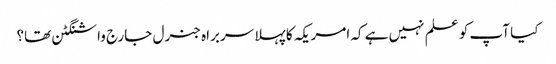
کیا آپ کو علم نہیں ہے کہ امریکہ کا پہلا سربراہ جنرل جارج واشنگٹن تھا؟